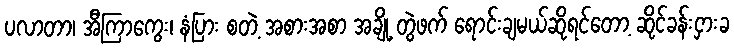
ပလာတာ၊ အီကြာကွေး၊ နံပြား စတဲ့ အစားအစာ အချို့ တွဲဖက် ရောင်းချမယ်ဆိုရင်တော့ ဆိုင်ခန်းငှားခ